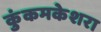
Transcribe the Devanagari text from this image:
कुंकमकेशरा